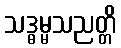
သဒ္ဓမ္မသညတ္တိ